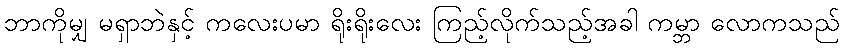
ဘာကိုမျှ မရှာဘဲနှင့် ကလေးပမာ ရိုးရိုးလေး ကြည့်လိုက်သည့်အခါ ကမ္ဘာ လောကသည်